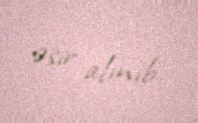
əsir alınıb.